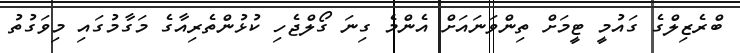
ބްރެޒިލްގެ ގައުމީ ޓީމަށް ތިންވަނައަށް އެންމެ ގިނަ ގޯލްޖެހި ކުޅުންތެރިއާގެ މަގާމުގައި މިވަގުތު